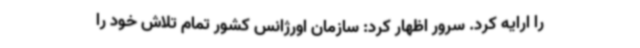
را ارایه کرد. سرور اظهار کرد: سازمان اورژانس کشور تمام تلاش خود را